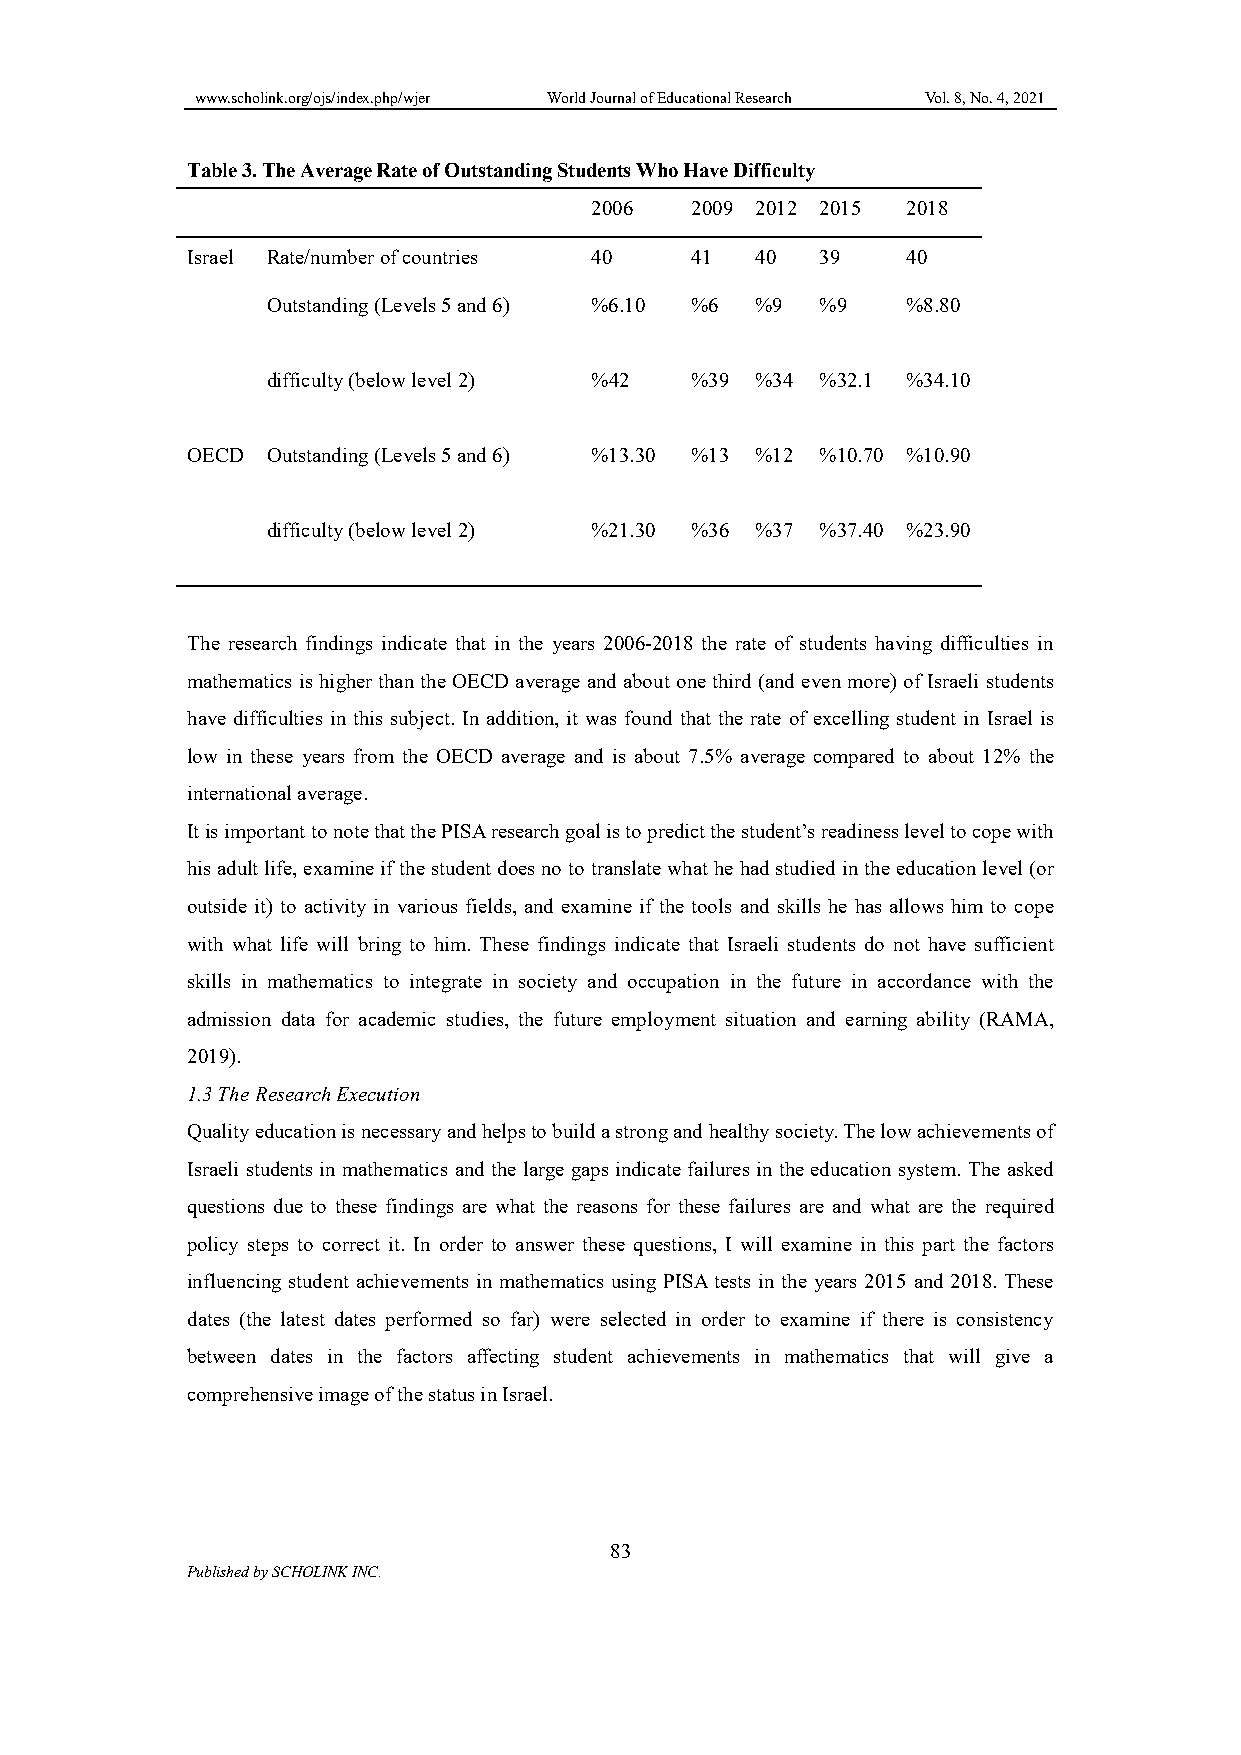
www.scholink.org/ojs/index.php/wjer World Journal of Educational Research Vol. 8, No. 4, 2021
 Table 3. The Average Rate of Outstanding Students Who Have Difficulty
 2006   2009 2012 2015 2018
 Israel Rate/number of countries 40 41 40  39    40
 Outstanding (Levels 5 and 6) %6.10 %6 %9 %9 %8.80
 difficulty (below level 2) %42 %39 %34 %32.1 %34.10
 OECD  Outstanding (Levels 5 and 6) %13.30 %13 %12 %10.70 %10.90
 difficulty (below level 2) %21.30 %36 %37 %37.40 %23.90
 The research findings indicate that in the years 2006-2018 the rate of students having difficulties in
 mathematics is higher than the OECD average and about one third (and even more) of Israeli students
 have difficulties in this subject. In addition, it was found that the rate of excelling student in Israel is
 low in these years from the OECD average and is about 7.5% average compared to about 12% the
 international average.
 It is important to note that the PISA research goal is to predict the student’s readiness level to cope with
 his adult life, examine if the student does no to translate what he had studied in the education level (or
 outside it) to activity in various fields, and examine if the tools and skills he has allows him to cope
 with what life will bring to him. These findings indicate that Israeli students do not have sufficient
 skills in mathematics to integrate in society and occupation in the future in accordance with the
 admission data for academic studies, the future employment situation and earning ability (RAMA,
 2019).
 1.3 The Research Execution
 Quality education is necessary and helps to build a strong and healthy society. The low achievements of
 Israeli students in mathematics and the large gaps indicate failures in the education system. The asked
 questions due to these findings are what the reasons for these failures are and what are the required
 policy steps to correct it. In order to answer these questions, I will examine in this part the factors
 influencing student achievements in mathematics using PISA tests in the years 2015 and 2018. These
 dates (the latest dates performed so far) were selected in order to examine if there is consistency
 between dates in the factors affecting student achievements in mathematics that will give a
 comprehensive image of the status in Israel.
 83
 Published by SCHOLINK INC.